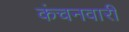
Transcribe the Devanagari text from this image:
कंचनवारी